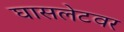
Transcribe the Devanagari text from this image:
घासलेटवर